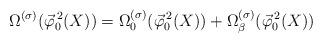
LaTeX: \begin{align*}\Omega^{(\sigma)} (\vec{\varphi}_0^{\, 2} (X)) = \Omega_0^{(\sigma)} (\vec{\varphi}_0^{\, 2} (X)) + \Omega_\beta^{(\sigma)} (\vec{\varphi}_0^{\, 2} (X))\end{align*}